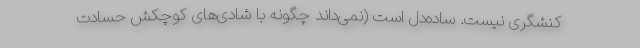
کنشگری نیست. ساده‌دل است (نمی‌داند چگونه با شادی‌های کوچکش حسادت